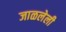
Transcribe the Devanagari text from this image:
जाळलेली